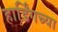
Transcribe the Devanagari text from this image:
हार्डिंगच्या